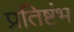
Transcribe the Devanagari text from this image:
प्रतिष्टंभ